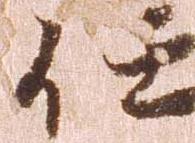
任